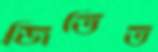
জিতিত